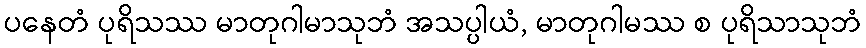
ပနေတံ ပုရိသဿ မာတုဂါမာသုဘံ အသပ္ပါယံ, မာတုဂါမဿ စ ပုရိသာသုဘံ